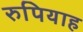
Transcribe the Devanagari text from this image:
रुपियाह